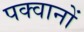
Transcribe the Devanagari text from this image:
पक्वानों